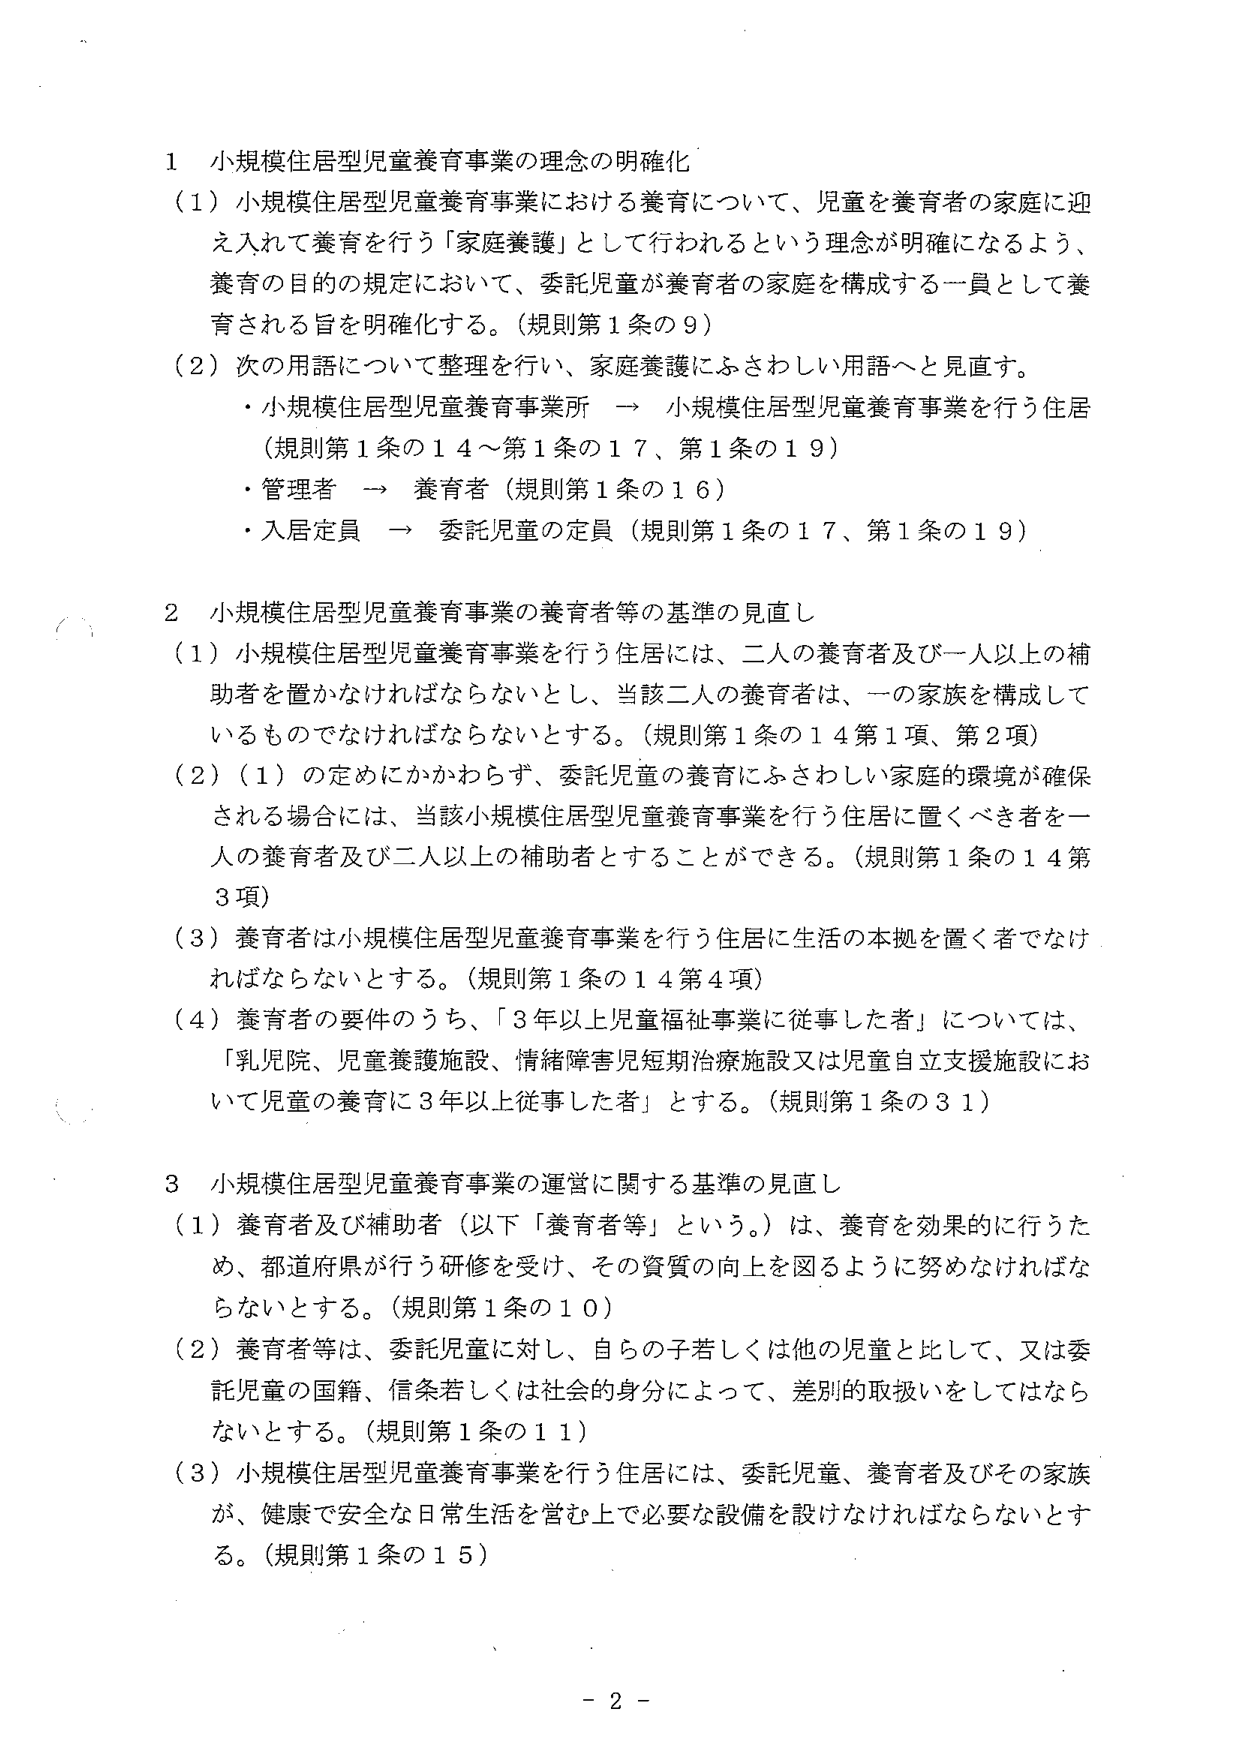
1 小規模住居型児童養育事業の理念の明確化
（1）小規模住居型児童養育事業における養育について、児童を養育者の家庭に迎え入れて養育を行う「家庭養護」として行われるという理念が明確になるよう、養育の目的の規定において、委託児童が養育者の家庭を構成する一員として養育される旨を明確化する。（規則第1条の9）
（2）次の用語について整理を行い、家庭養護にふさわしい用語へと見直す。
・小規模住居型児童養育事業所 → 小規模住居型児童養育事業を行う住居（規則第1条の14～第1条の17、第1条の19）
・管理者 → 養育者（規則第1条の16）
・入居定員 → 委託児童の定員（規則第1条の17、第1条の19）

2 小規模住居型児童養育事業の養育者等の基準の見直し
（1）小規模住居型児童養育事業を行う住居には、二人の養育者及び一人以上の補助者を置かなければならないとし、当該二人の養育者は、一の家族を構成しているものでなければならないとする。（規則第1条の14第1項、第2項）
（2）（1）の定めにかかわらず、委託児童の養育にふさわしい家庭的環境が確保される場合には、当該小規模住居型児童養育事業を行う住居に置くべき者を一人の養育者及び二人以上の補助者とすることができる。（規則第1条の14第3項）
（3）養育者は小規模住居型児童養育事業を行う住居に生活の本拠を置く者でなければならないとする。（規則第1条の14第4項）
（4）養育者の要件のうち、「3年以上児童福祉事業に従事した者」については、「乳児院、児童養護施設、情緒障害児短期治療施設又は児童自立支援施設において児童の養育に3年以上従事した者」とする。（規則第1条の31）

3 小規模住居型児童養育事業の運営に関する基準の見直し
（1）養育者及び補助者（以下「養育者等」という。）は、養育を効果的に行うため、都道府県が行う研修を受け、その資質の向上を図るように努めなければならないとする。（規則第1条の10）
（2）養育者等は、委託児童に対し、自らの子若しくは他の児童と比して、又は委託児童の国籍、信条若しくは社会的身分によって、差別的取扱いをしてはならないとする。（規則第1条の11）
（3）小規模住居型児童養育事業を行う住居には、委託児童、養育者及びその家族が、健康で安全な日常生活を営む上で必要な設備を設けなければならないとする。（規則第1条の15）

- 2 -